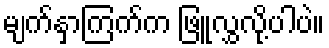
မျက်နှာကြက်က ဖြူလွှလို့ပါပဲ။